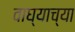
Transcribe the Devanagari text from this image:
वाघ्याच्या